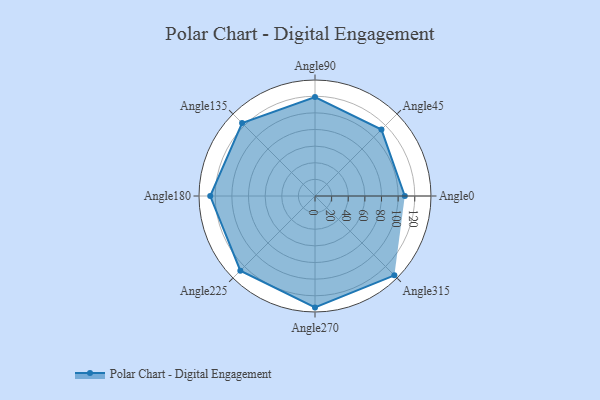
{"axis": {"x": "Angle", "y": "Radius"}, "legend": [""], "data": [{"x": "Angle0", "y": 108.0, "type": ""}, {"x": "Angle45", "y": 113.0, "type": ""}, {"x": "Angle90", "y": 119.0, "type": ""}, {"x": "Angle135", "y": 124.0, "type": ""}, {"x": "Angle180", "y": 126.0, "type": ""}, {"x": "Angle225", "y": 127.0, "type": ""}, {"x": "Angle270", "y": 134.0, "type": ""}, {"x": "Angle315", "y": 135.0, "type": ""}]}